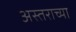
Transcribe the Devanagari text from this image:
अस्तराच्या